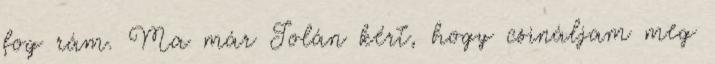
fog rám. Ma már Jolán kért, hogy csináljam meg